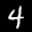
Label: 4